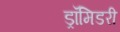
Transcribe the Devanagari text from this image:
ड्रॉमिडरी